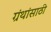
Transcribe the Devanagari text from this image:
ग्रंथांसाठी